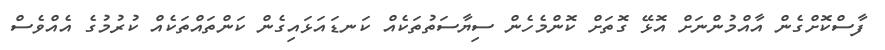
ފާސްކޮށްގެން އާއްމުންނަށް އޮޅޭ ގޮތަށް ކޮންމެހެން ސިޔާސަތުތަކެއް ކަނޑައަޅައިގެން ކަންތައްތަކެއް ކުރުމުގެ އެއްވެސް